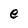
Character: e